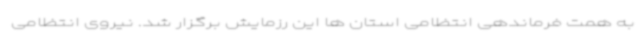
به همت فرماندهی انتظامی استان ها این رزمایش برگزار شد. نیروی انتظامی